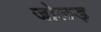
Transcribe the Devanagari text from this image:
जोलड़